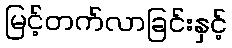
မြင့်တက်လာခြင်းနှင့်